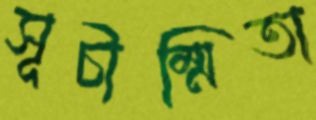
সূচীম্মিতা